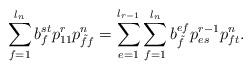
LaTeX: \begin{align*}\displaystyle\sum\limits_{f=1}^{l_n}b^{st}_{f}p^{r}_{11}p^{n}_{\tilde{f}f}=\sum\limits_{e=1}^{l_{r-1}}\sum\limits_{f=1}^{l_n}b^{ef}_{\tilde{f}}p^{r-1}_{es}p^{n}_{ft}.\end{align*}